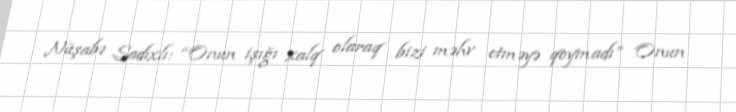
Nüşabə Sadıxlı: “Onun işığı xalq olaraq bizi məhv etməyə qoymadı” Onun